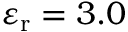
\varepsilon _ { \mathrm { r } } = 3 . 0